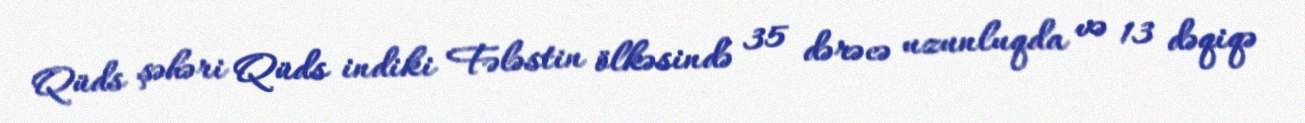
Qüds şəhəri Qüds indiki Fələstin ölkəsində 35 dərəcə uzunluqda və 13 dəqiqə